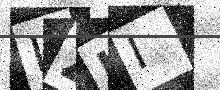
Text: IZLI